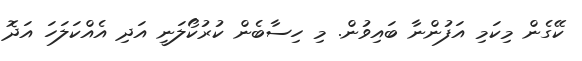
ކޭގެން މިކަމި އަފުންނާ ބައިވުން. މި ހިސާބެން ކުރުކޯލަނީ އަދި އެއްކަލަހަ އަދޮ